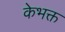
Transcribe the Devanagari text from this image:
केभक्त